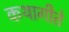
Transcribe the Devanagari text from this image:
कथागीते